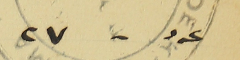
عدد - ٢٧